Report on horse surra - Volume I
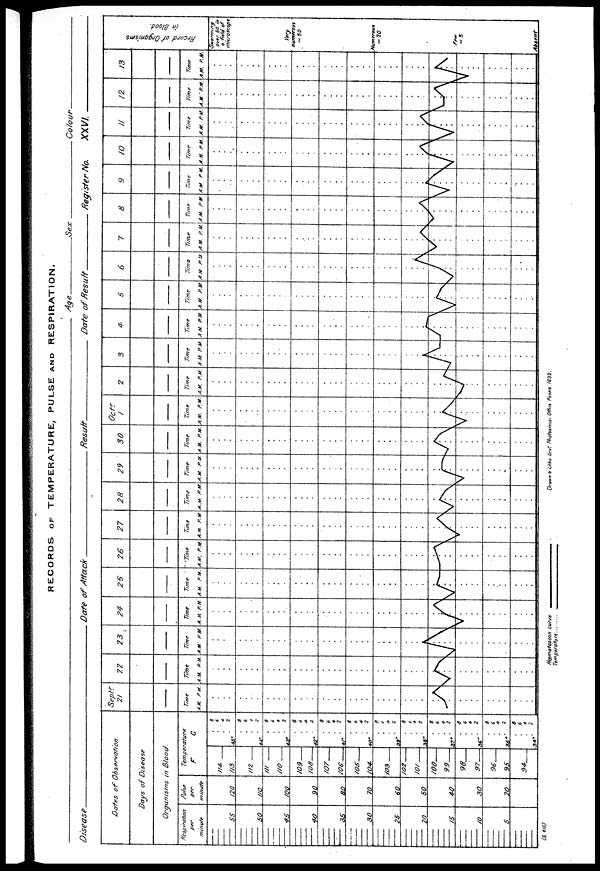
RECORDS OF TEMPERATURE, PULSE AND RESPIRATION.